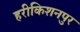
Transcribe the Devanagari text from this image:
हरीकिशनपुर